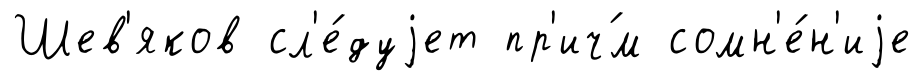
Шев'яков сл'е́дуjет пр'ич́м сомн'е́н'иjе